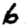
Digit: 6